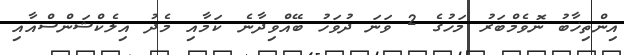
އިންތިޚާބު ނޮވެމްބަރު މަހުގެ 2 ވަނަ ދުވަހު ބޭއްވިދާނެ ކަމާއި މެދު އިލެކްޝަންސްއާއި